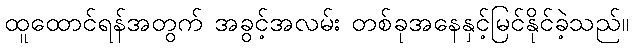
ထူထောင်ရန်အတွက် အခွင့်အလမ်း တစ်ခုအနေနှင့်မြင်နိုင်ခဲ့သည်။